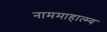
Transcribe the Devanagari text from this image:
नाममाहात्म्य